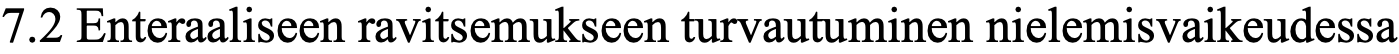
7.2 Enteraaliseen ravitsemukseen turvautuminen nielemisvaikeudessa